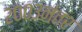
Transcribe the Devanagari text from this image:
२००३नंतर